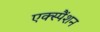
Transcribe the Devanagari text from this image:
एक्स्पैंशन